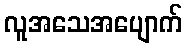
လူအသေအပျောက်